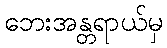
ဘေးအန္တရာယ်မှ